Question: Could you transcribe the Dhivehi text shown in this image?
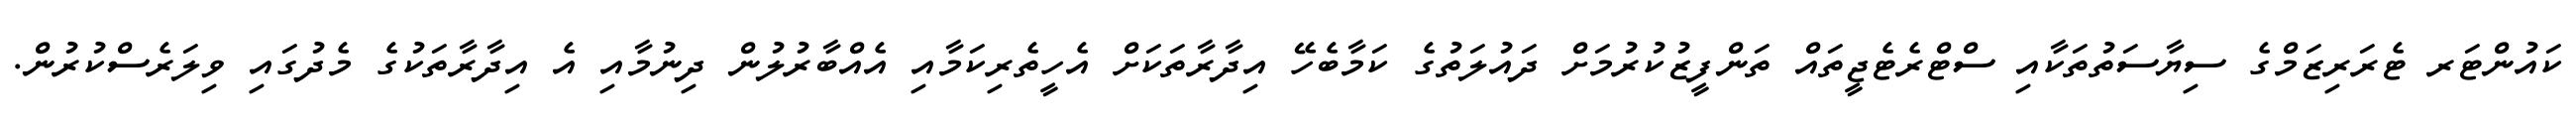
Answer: ކައުންޓަރ ޓެރަރިޒަމްގެ ސިޔާސަތުތަކާއި ސްޓްރެޓެޖީތައް ތަންފީޒުކުރުމަށް ދައުލަތުގެ ކަމާބެހޭ އިދާރާތަކަށް އެހީތެރިކަމާއި އެއްބާރުލުން ދިނުމާއި އެ އިދާރާތަކުގެ މެދުގައި ވިލަރެސްކުރުން.